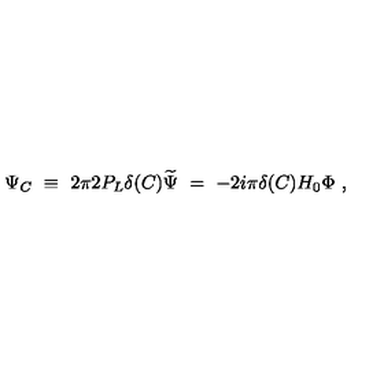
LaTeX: \Psi _ { C } \ \equiv \ 2 \pi 2 P _ { L } \delta ( C ) \widetilde \Psi \ = \ - 2 i \pi \delta ( C ) H _ { 0 } \Phi \ ,